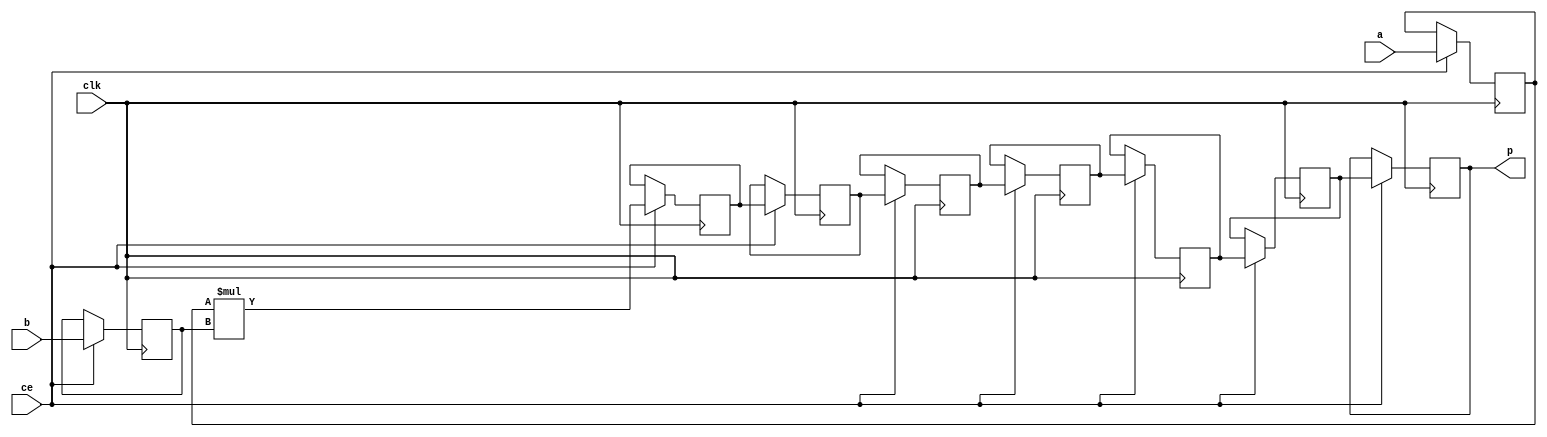
module nfa_accept_samples_generic_hw_mul_8ns_6ns_14_9_MulnS_1(clk, ce, a, b, p);
input clk;
input ce;
input[8 - 1 : 0] a; // synthesis attribute keep a "true"
input[6 - 1 : 0] b; // synthesis attribute keep b "true"
output[14 - 1 : 0] p;
reg[8 - 1 : 0] a_reg;
reg[6 - 1 : 0] b_reg;
wire [14 - 1 : 0] tmp_product;
reg[14 - 1 : 0] buff0;
reg[14 - 1 : 0] buff1;
reg[14 - 1 : 0] buff2;
reg[14 - 1 : 0] buff3;
reg[14 - 1 : 0] buff4;
reg[14 - 1 : 0] buff5;
reg[14 - 1 : 0] buff6;

assign p = buff6;
assign tmp_product = a_reg * b_reg;
always @ (posedge clk) begin
    if (ce) begin
        a_reg <= a;
        b_reg <= b;
        buff0 <= tmp_product;
        buff1 <= buff0;
        buff2 <= buff1;
        buff3 <= buff2;
        buff4 <= buff3;
        buff5 <= buff4;
        buff6 <= buff5;
    end
end
endmodule